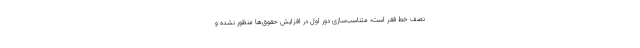
نصف خط فقر است؛ متناسب‌سازی دور اول در افزایش حقوق‌ها منظور نشده و